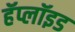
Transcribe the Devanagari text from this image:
हॅप्लॉइड